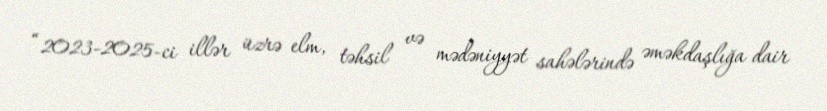
“2023-2025-ci illər üzrə elm, təhsil və mədəniyyət sahələrində əməkdaşlığa dair